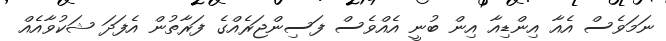
ނަމަވެސް އެއާ އިންޑިއާ އިން ބުނީ އެއްވެސް ފަސިންޖަރެއްގެ ފަރާތުން އެފަދަ ޝަކުވާއެއް